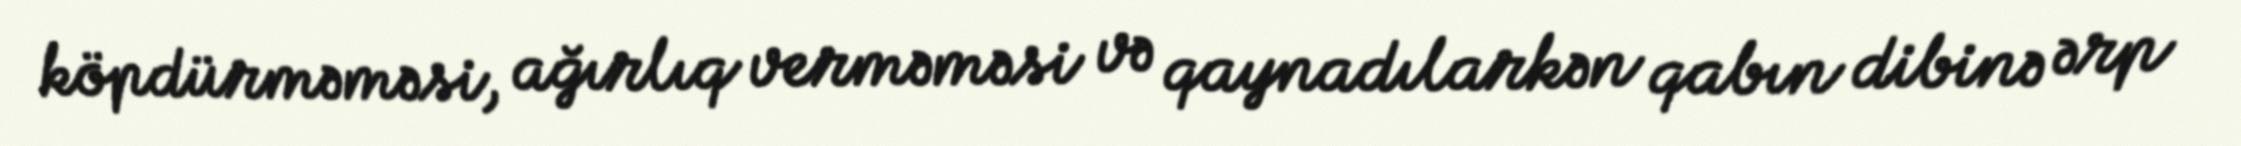
köpdürməməsi, ağırlıq verməməsi və qaynadılarkən qabın dibinə ərp